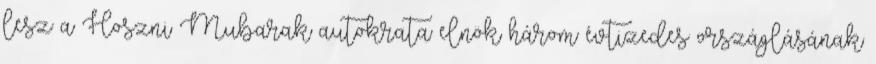
lesz a Hoszni Mubarak autokrata elnök három évtizedes országlásának